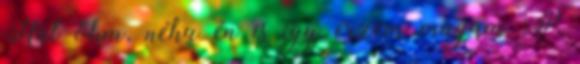
Hát öhm, néha én is így érzem magam :P